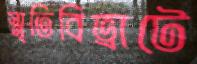
স্মৃতিবিভ্রাটে